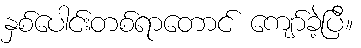
နှစ်ပေါင်းတစ်ရာတောင် ကျော်ခဲ့ပြီ။